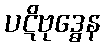
ပဋိဗုဒ္ဓေန